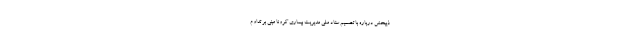
ذیبخش درباره با تصمیم ستاد ملی مدیریت بیماری کرونا مبنی بر تداوم